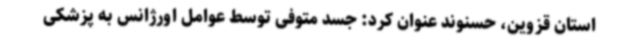
استان قزوین، حسنوند عنوان کرد: جسد متوفی توسط عوامل اورژانس به پزشکی